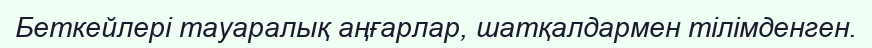
Беткейлері тауаралық аңғарлар, шатқалдармен тілімденген.